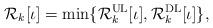
LaTeX: \begin{align*}\mathcal{R}_k[\iota] = \min\{\mathcal{R}^\mathrm{UL}_k[\iota], \mathcal{R}^\mathrm{DL}_k[\iota]\},\end{align*}